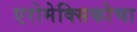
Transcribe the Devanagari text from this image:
एरोमेक्सिकोचा